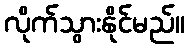
လိုက်သွားနိုင်မည်။